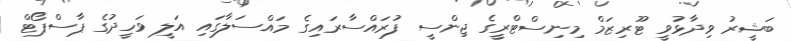
ބަޝީރު ވިދާޅުވީ ޓޫރިޒަމް މިނިސްޓްރީގެ ޖިންސީ ފުރައްސާރައިގެ މައްސަލާގައި އަލީ ވަހީދުގެ ޕާސްޕޯޓް